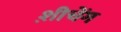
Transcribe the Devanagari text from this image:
श़ीचेंग